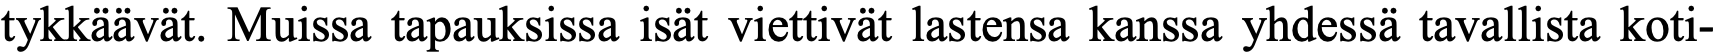
tykkäävät. Muissa tapauksissa isät viettivät lastensa kanssa yhdessä tavallista koti-